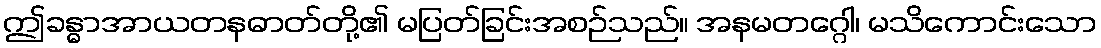
ဤခန္ဓာအာယတနဓာတ်တို့၏ မပြတ်ခြင်းအစဉ်သည်။ အနမတဂ္ဂေါ၊ မသိကောင်းသော